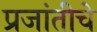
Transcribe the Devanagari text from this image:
प्रजांतीचे